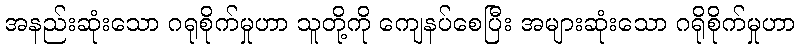
အနည်းဆုံးသော ဂရုစိုက်မှုဟာ သူတို့ကို ကျေနပ်စေပြီး အများဆုံးသော ဂရိုစိုက်မှုဟာ